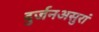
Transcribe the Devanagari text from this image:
दुर्जनअसुरां